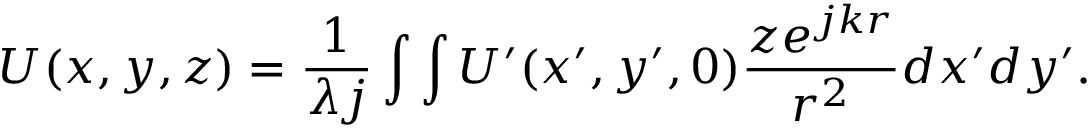
U ( x , y , z ) = \frac { 1 } { \lambda j } \int \int U ^ { \prime } ( x ^ { \prime } , y ^ { \prime } , 0 ) \frac { z e ^ { j k r } } { r ^ { 2 } } d x ^ { \prime } d y ^ { \prime } .